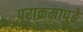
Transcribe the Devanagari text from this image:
पराक्रमापुढे